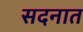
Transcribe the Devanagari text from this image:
सदनात